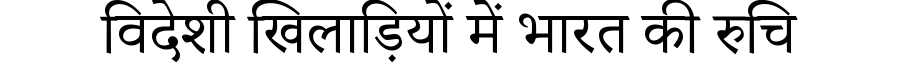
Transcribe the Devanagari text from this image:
विदेशी खिलाड़ियों में भारत की रुचि